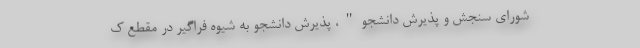
شورای سنجش و پذیرش دانشجو"، پذیرش دانشجو به شیوه فراگیر در مقطع ک